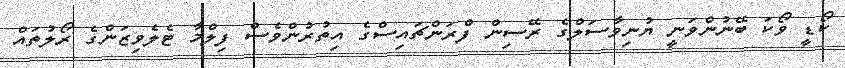
ކޯޑީ ވޯކަ ބޭނުންވަނީ ޔުނިވާސަލްގެ ރޭސިން ފްރަންޗައިސްގެ އިތުރުންވެސް ފިލްމާ ޓެލެވިޒަންގެ ރޯލުތައް